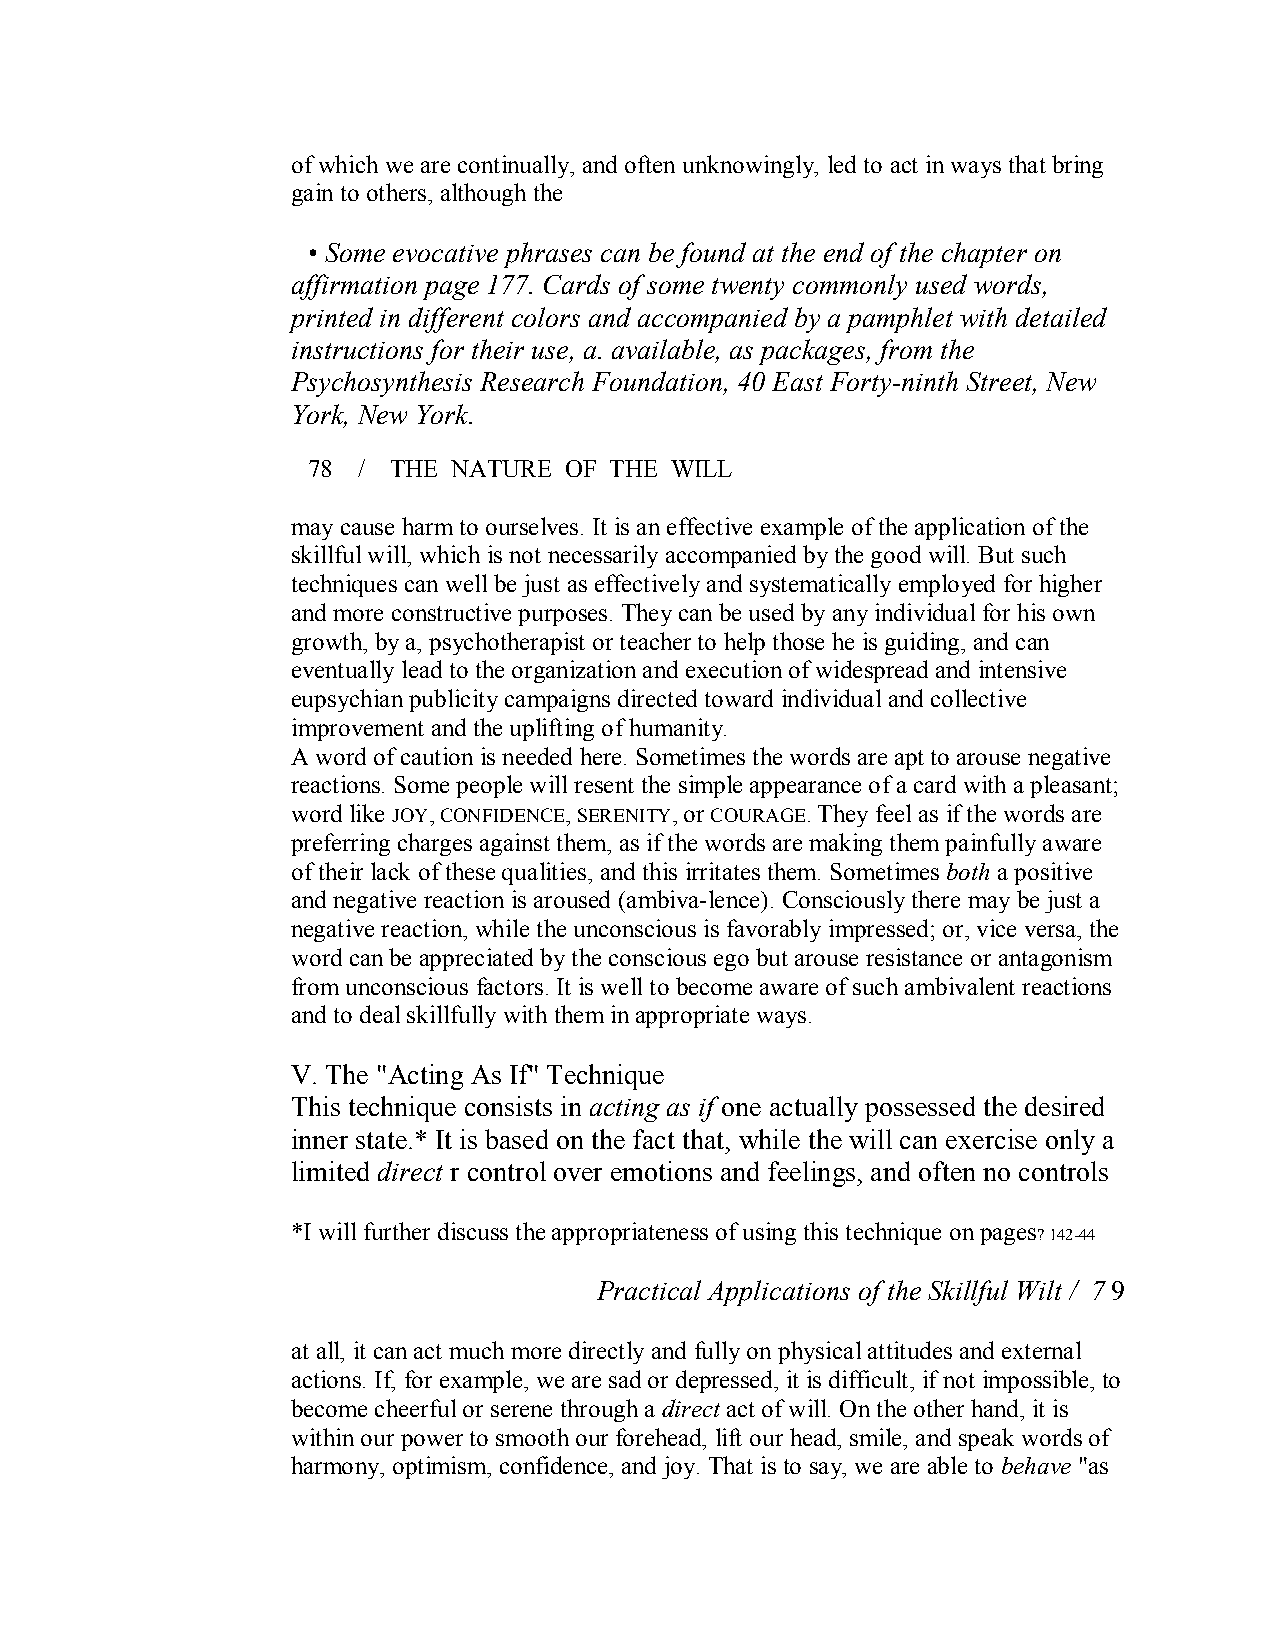
of which we are continually, and often unknowingly, led to act in ways that bring
 gain to others, although the
 • Some evocative phrases can be found at the end of the chapter on
 affirmation page 177. Cards of some twenty commonly used words,
 printed in different colors and accompanied by a pamphlet with detailed
 instructions for their use, a. available, as packages, from the
 Psychosynthesis Research Foundation, 40 East Forty­ninth Street, New
 York, New York.
 78  / THE NATURE OF THE WILL
 may cause harm to ourselves. It is an effective example of the application of the
 skillful will, which is not necessarily accompanied by the good will. But such
 techniques can well be just as effectively and systematically employed for higher
 and more constructive purposes. They can be used by any individual for his own
 growth, by a, psychotherapist or teacher to help those he is guiding, and can
 eventually lead to the organization and execution of widespread and intensive
 eupsychian publicity campaigns directed toward individual and collective
 improvement and the uplifting of humanity.
 A word of caution is needed here. Sometimes the words are apt to arouse negative
 reactions. Some people will resent the simple appearance of a card with a pleasant;
 word like JOY,CONFIDENCE, SERENITY,or COURAGE.They feel as if the words are
 preferring charges against them, as if the words are making them painfully aware
 of their lack of these qualities, and this irritates them. Sometimes both a positive
 and negative reaction is aroused (ambiva­lence). Consciously there may be just a
 negative reaction, while the unconscious is favorably impressed; or, vice versa, the
 word can be appreciated by the conscious ego but arouse resistance or antagonism
 from unconscious factors. It is wellto become aware of such ambivalent reactions
 and to deal skillfully with them in appropriate ways.
 V. The "Acting As If" Technique
 This technique consists in acting as if one actually possessed the desired
 inner state.* It is based on the fact that, while the will can exercise only a
 limited direct r control over emotions and feelings, and often no controls
 *I will further discuss the appropriateness of using this technique on pages
 ? 142­44
 Practical Applications of the Skillful Wilt / 7 9
 at all, it can act much more directly and fully on physical attitudes and external
 actions. If, for example, we are sad or depressed, it is difficult, if not impossible, to
 become cheerful or serene through a direct act of will. On the other hand, it is
 within our power to smooth our forehead, lift our head, smile, and speak words of
 harmony, optimism, confidence, and joy. That is to say, we are able to behave "as